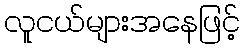
လူငယ်များအနေဖြင့်